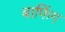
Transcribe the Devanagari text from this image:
बाफिंग